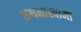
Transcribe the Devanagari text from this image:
रुथनास्वामी